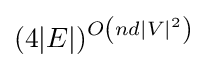
(4|E|)^{O\left(nd|V|^{2}\right)}